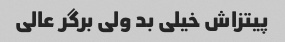
پیتزاش خیلی بد ولی برگر عالی